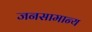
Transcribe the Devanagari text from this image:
जनसामान्‍य